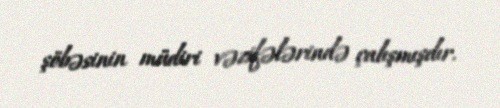
şöbəsinin müdiri vəzifələrində çalışmışdır.